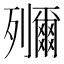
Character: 鿞